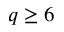
q \geq 6